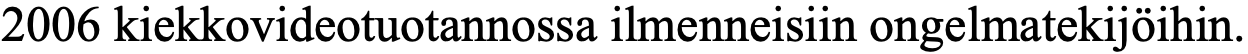
2006 kiekkovideotuotannossa ilmenneisiin ongelmatekijöihin.